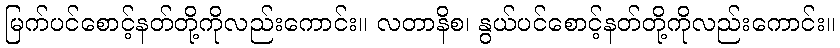
မြက်ပင်စောင့်နတ်တို့ကိုလည်းကောင်း။ လတာနိစ၊ နွယ်ပင်စောင့်နတ်တို့ကိုလည်းကောင်း။